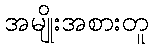
အမျိုးအစားတူ